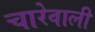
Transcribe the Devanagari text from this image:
चारेवाली